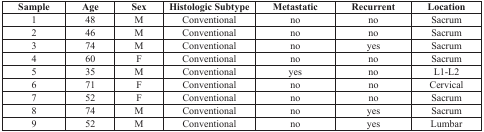
<table><thead><tr><td><b>Sample</b></td><td><b>Age</b></td><td><b>Sex</b></td><td><b>Histologic Subtype</b></td><td><b>Metastatic</b></td><td><b>Recurrent</b></td><td><b>Location</b></td></tr></thead><tbody><tr><td>1</td><td>48</td><td>M</td><td>Conventional</td><td>no</td><td>no</td><td>Sacrum</td></tr><tr><td>2</td><td>46</td><td>M</td><td>Conventional</td><td>no</td><td>no</td><td>Sacrum</td></tr><tr><td>3</td><td>74</td><td>M</td><td>Conventional</td><td>no</td><td>yes</td><td>Sacrum</td></tr><tr><td>4</td><td>60</td><td>F</td><td>Conventional</td><td>no</td><td>no</td><td>Sacrum</td></tr><tr><td>5</td><td>35</td><td>M</td><td>Conventional</td><td>yes</td><td>no</td><td>L1-L2</td></tr><tr><td>6</td><td>71</td><td>F</td><td>Conventional</td><td>no</td><td>no</td><td>Cervical</td></tr><tr><td>7</td><td>52</td><td>F</td><td>Conventional</td><td>no</td><td>no</td><td>Sacrum</td></tr><tr><td>8</td><td>74</td><td>M</td><td>Conventional</td><td>no</td><td>yes</td><td>Sacrum</td></tr><tr><td>9</td><td>52</td><td>M</td><td>Conventional</td><td>no</td><td>yes</td><td>Lumbar</td></tr></tbody></table>